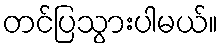
တင်ပြသွားပါမယ်။